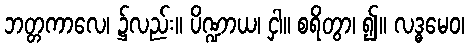
ဘတ္တကာလေ၊ ၌လည်း။ ပိဏ္ဍာယ၊ ငှါ။ စရိတွာ၊ ၍။ လဒ္ဓမေဝ၊